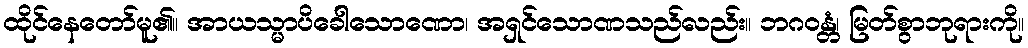
ထိုင်နေတော်မူ၏။ အာယသ္မာပိခေါသောဏော၊ အရှင်သောဏသည်လည်း။ ဘဂဝန္တံ၊ မြတ်စွာဘုရားကို။